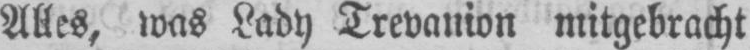
Alles, was Lady Trevanion mitgebracht